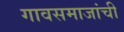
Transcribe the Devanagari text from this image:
गावसमाजांची